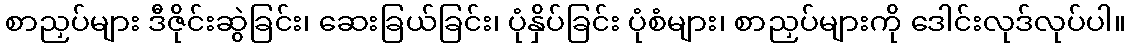
စာညှပ်များ ဒီဇိုင်းဆွဲခြင်း၊ ဆေးခြယ်ခြင်း၊ ပုံနှိပ်ခြင်း ပုံစံများ၊ စာညှပ်များကို ဒေါင်းလုဒ်လုပ်ပါ။